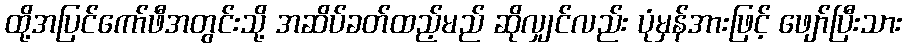
ထို့အပြင်ကော်ဖီအတွင်းသို့ အဆိပ်ခတ်ထည့်မည် ဆိုလျှင်လည်း ပုံမှန်အားဖြင့် ဖျော်ပြီးသား